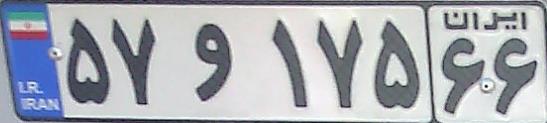
۵۷و۱۷۵۶۶